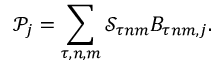
\mathcal { P } _ { j } = \sum _ { \tau , n , m } \mathcal { S } _ { \tau n m } B _ { \tau n m , j } .